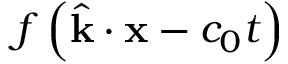
f \left( { \hat { \mathbf { k } } } \cdot \mathbf { x } - c _ { 0 } t \right)